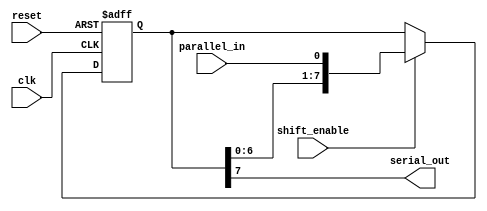
module piso_shift_register (
    input wire clk,
    input wire reset,
    
    input wire parallel_in,
    output reg serial_out,
    
    input wire shift_enable
);

reg [7:0] register;

always @ (posedge clk or posedge reset) begin
    if (reset)
        register <= 8'b0;
    else if (shift_enable)
        register <= {register[6:0], parallel_in};
end

assign serial_out = register[7];

endmodule